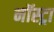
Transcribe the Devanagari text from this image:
नॉस्ट्रा